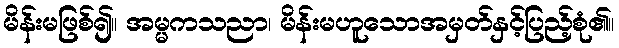
မိန်းမဖြစ်၍။ အမ္မကသညာ၊ မိန်းမဟူသောအမှတ်နှင့်ပြည့်စုံ၏။